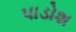
પાડોશ